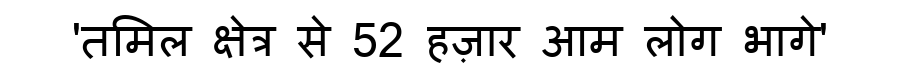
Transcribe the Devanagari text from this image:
'तमिल क्षेत्र से 52 हज़ार आम लोग भागे'